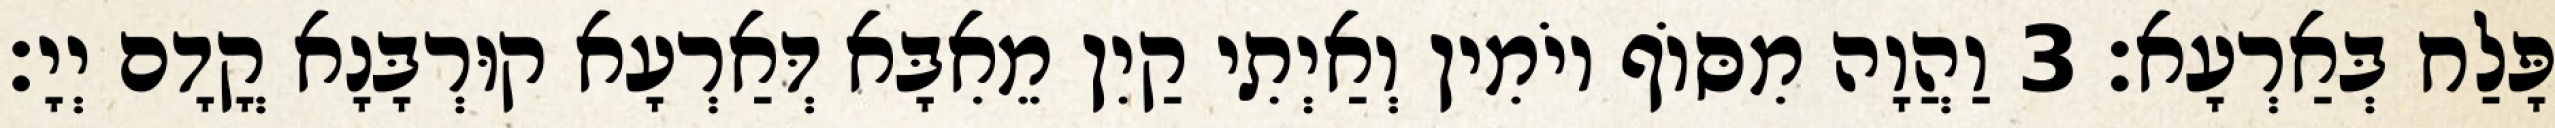
פָּלַח בְּאַרְעָא׃ 3 וַהֲוָה מִסּוֹף יוֹמִין וְאַיְתִי קַיִן מֵאִבָּא דְּאַרְעָא קוּרְבָּנָא קֳדָם יְיָ׃